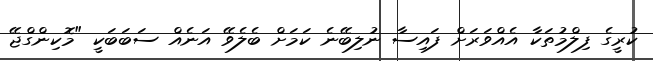
ކުރީގެ ފިލްމުތަކާ އެއްވަރަށް ފައިސާ ނުލިބޭނެ ކަމަށް ބެލެވޭ އަނެއް ސަބަބަކީ "މޮކިންގްޖޭ